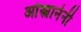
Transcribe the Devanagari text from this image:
ओस्त्रानेनी